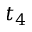
t _ { 4 }